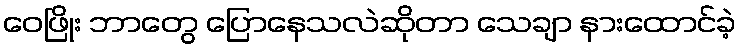
ဝေဖြိုး ဘာတွေ ပြောနေသလဲဆိုတာ သေချာ နားထောင်ခဲ့